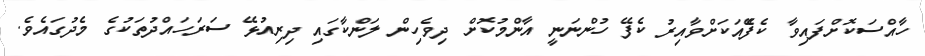
ހާއްސަކޮށްފައިވާ ކެފެޭއަކަށްވާއިރު ކެފޭ ހުންނަނީ އާންމުކޮށް ދިވެހިން ލަންކާގައި ދިރިއުޅޭ ސަރަހައްދުތަކުގެ މެދުގައެވެ.